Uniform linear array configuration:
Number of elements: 8
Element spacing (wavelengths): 0.5
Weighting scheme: exponential
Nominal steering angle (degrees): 15
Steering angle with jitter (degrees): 13.925
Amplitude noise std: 0.05
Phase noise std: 0.05

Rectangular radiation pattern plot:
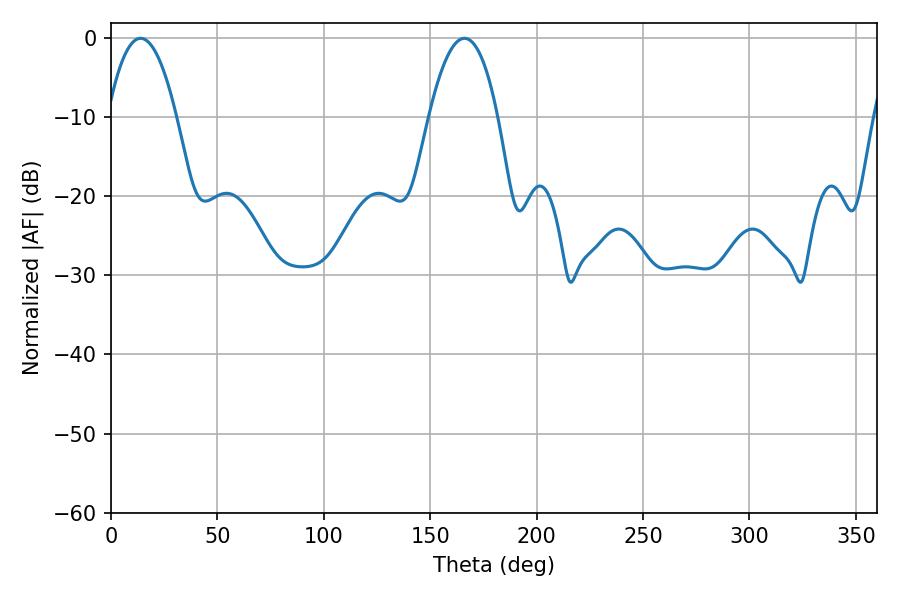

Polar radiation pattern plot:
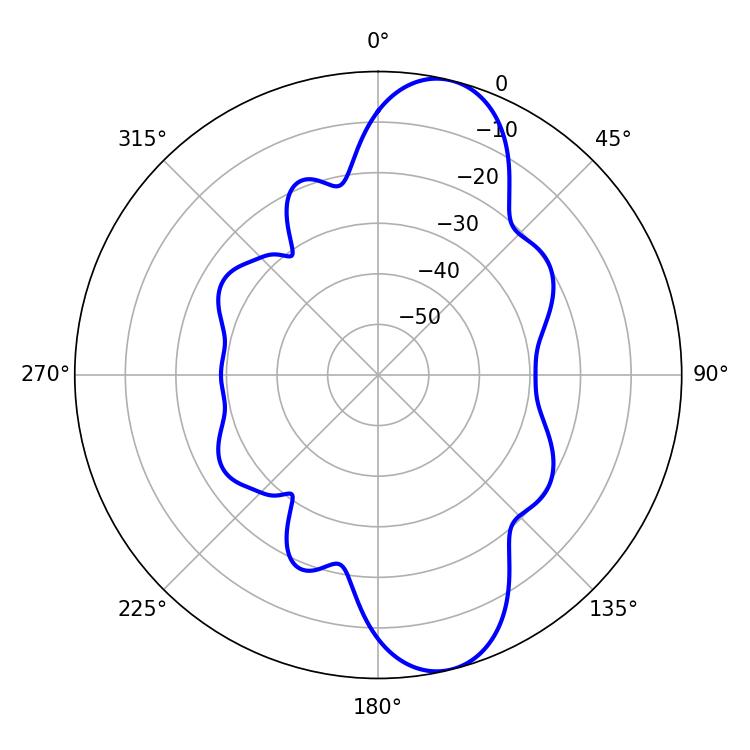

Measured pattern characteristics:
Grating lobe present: FALSE
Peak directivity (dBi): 10.776
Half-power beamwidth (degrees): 17.82
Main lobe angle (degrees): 13.86